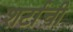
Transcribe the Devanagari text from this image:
शर्टाची